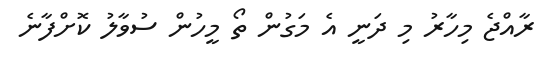
ރާއްޖެ މިހާރު މި ދަނީ އެ މަގުން ތޯ މީހުން ސުވާލު ކޮށްފާނެ